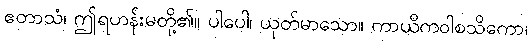
ဧတာသံ၊ ဤရဟန်းမတို့၏။ ပါပေါ၊ ယုတ်မာသော။ ကာယိကဝါစသိကော၊